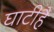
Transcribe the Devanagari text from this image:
घाटीहै